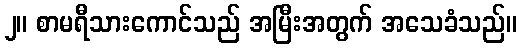
၂။ စာမရီသားကောင်သည် အမြီးအတွက် အသေခံသည်။